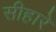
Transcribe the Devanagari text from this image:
सीहारे